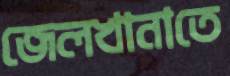
জেলখানাতে